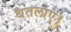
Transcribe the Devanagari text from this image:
बतलाएं।